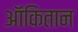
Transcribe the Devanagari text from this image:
ऑकितान